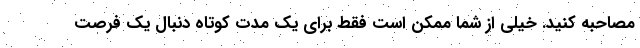
مصاحبه کنید. خیلی از شما ممکن است فقط برای یک مدت کوتاه دنبال یک فرصت